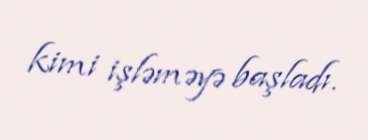
kimi işləməyə başladı.